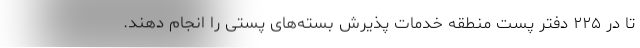
تا در ۲۲۵ دفتر پست منطقه خدمات پذیرش بسته‌های پستی را انجام دهند.